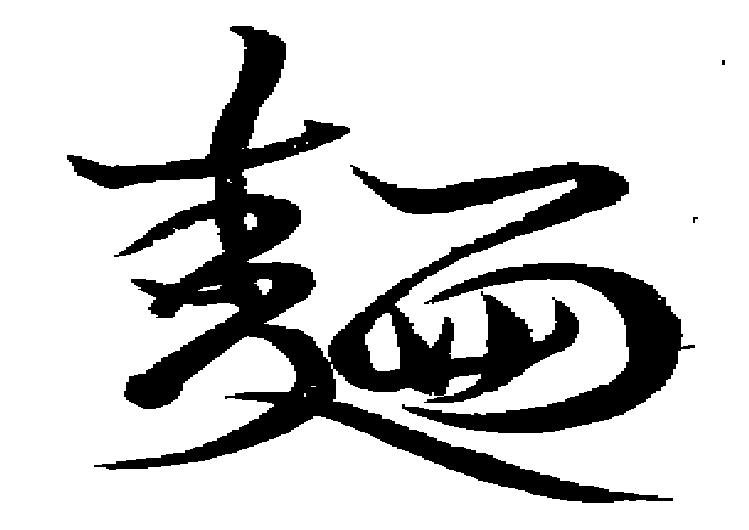
麺